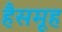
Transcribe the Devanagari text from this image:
हैसमूह